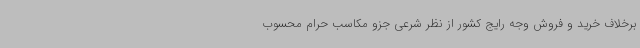
برخلاف خرید و فروش وجه رایج کشور از نظر شرعی جزو مکاسب حرام محسوب